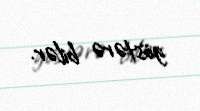
göstərə bilər.